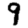
Digit: 9